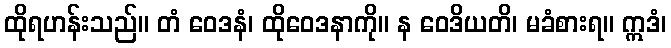
ထိုရဟန်းသည်။ တံ ဝေဒနံ၊ ထိုဝေဒနာကို။ န ဝေဒိယတိ၊ မခံစားရ။ ဣဒံ၊